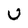
Character: U